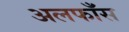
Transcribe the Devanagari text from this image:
अलफाँस